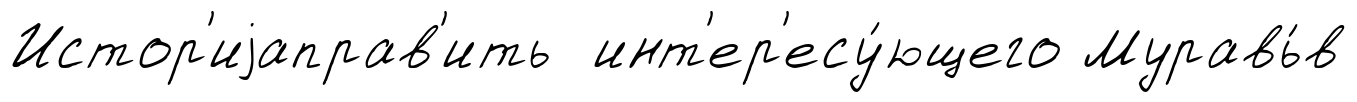
Истор'иjаправ'ить инт'ер'есу́ющего Муравь́в